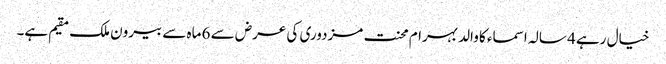
خیال رہے 4 سالہ اسماء کا والد بہرام محنت مزدوری کی عرض سے 6 ماہ سے بیرون ملک مقیم ہے۔